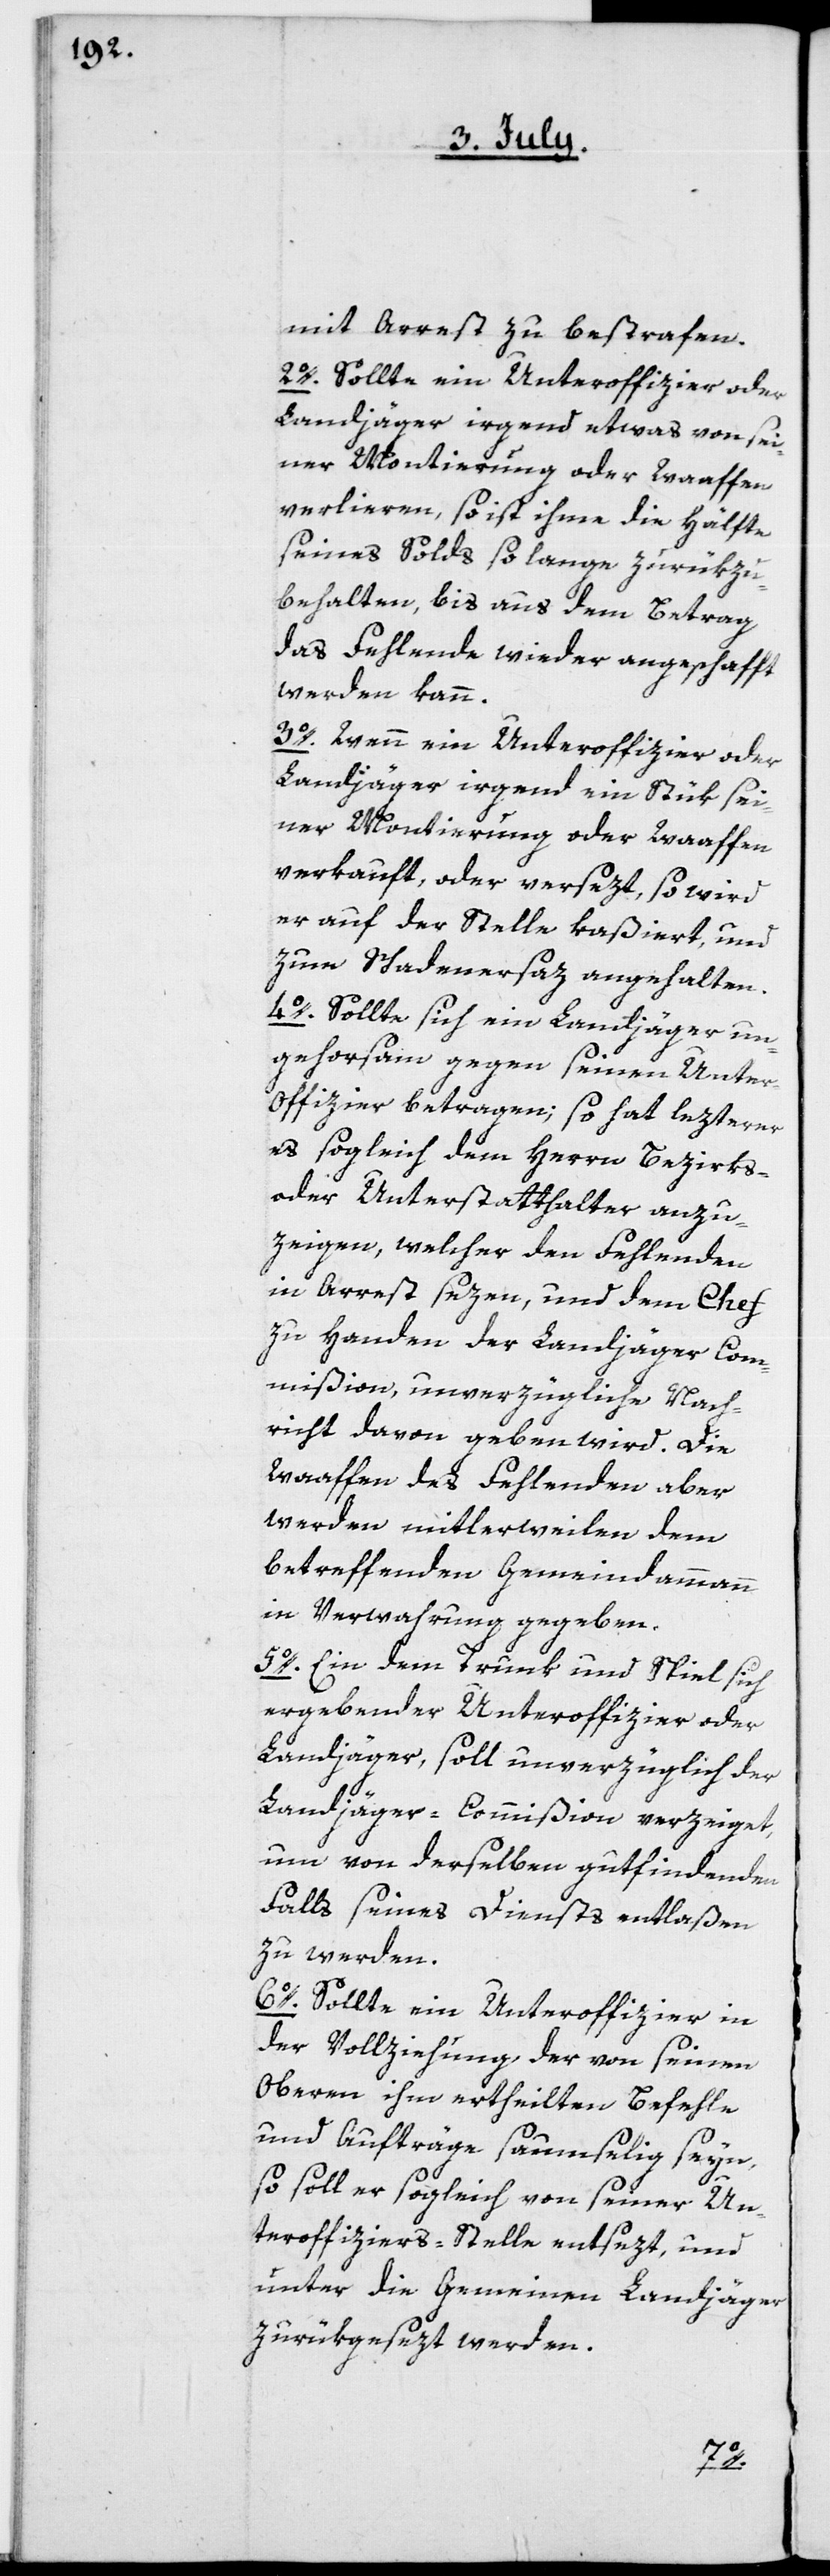
mit Arrest zu bestrafen.
2o. Sollte ein Unteroffizier oder
Landjäger irgend etwas von sei¬
ner Montierung oder Waaffen
verlieren, so ist ihme die Hälfte
seines Solds so lange zurükzu¬
behalten, bis aus dem Betrag,
das Fehlende wieder angeschafft
werden kann.
3o. Wenn ein Unteroffizier oder
Landjäger irgend ein Stük sei¬
ner Montierung oder Waaffen
verkauft oder versezt, so wird
er auf der Stelle kaßiert und
zum Schadenersaz angehalten.
4o. Sollte sich ein Landjäger un¬
gehorsam gegen seinen Unte¬
r-Offizier betragen; so hat lezterer
es sogleich dem Herrn Bezirks-
oder Unterstatthalter anzu¬
zeigen, welcher den Fehlenden
in Arrest sezen, und dem Chef
zu Handen der Landjäger Com¬
mißion unverzügliche Nach¬
richt davon geben wird. Die
Waaffen des Fehlenden aber
werden mittlerweilen dem
betreffenden Gemeindammann
in Verwahrung gegeben.
5o. Ein dem Trunk und Spiel sich
ergebender Unteroffizier oder
Landjäger, soll unverzüglich der
Landjäger-Commißion verzeiget,
um von derselben gutfindenden
Falls seines Diensts entlaßen
zu werden.
6o. Sollte ein Unteroffizier in
der Vollziehung der von seinen
Oberen ihm ertheilten Befehle
und Aufträge saumselig seyn,
so soll er sogleich von seiner Un¬
teroffiziers-Stelle entsezt, und
unter die Gemeinen Landjäger
zurükgesezt werden.